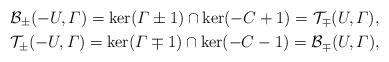
LaTeX: \begin{align*}& \mathcal{B}_\pm(-U, \varGamma)= \ker (\varGamma \pm 1) \cap \ker (-C + 1)= \mathcal{T}_\mp(U,\varGamma), \\& \mathcal{T}_\pm(-U, \varGamma)= \ker (\varGamma \mp 1) \cap \ker (-C - 1)= \mathcal{B}_\mp(U,\varGamma),\end{align*}